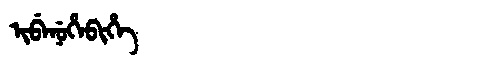
Manchu: ᡳᠪᡝᠨᡠᡥᡝᠪᡳᡥᡝ
Romanization: IBENUHEBIHE